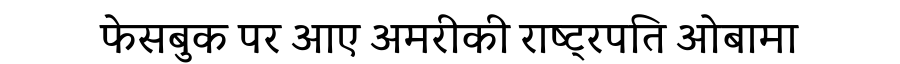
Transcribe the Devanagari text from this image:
फेसबुक पर आए अमरीकी राष्ट्रपति ओबामा